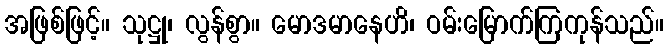
အဖြစ်ဖြင့်။ သုဋ္ဌု၊ လွန်စွာ။ မောဒမာနေဟိ၊ ဝမ်းမြောက်ကြကုန်သည်။